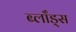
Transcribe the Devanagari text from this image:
ब्लाँड्स